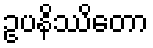
ဥပနိဿိတော